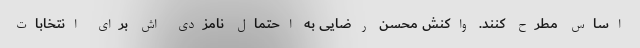
اساس مطرح کنند. واکنش محسن رضایی به احتمال نامزدی اش برای انتخابات